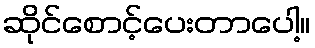
ဆိုင်စောင့်ပေးတာပေါ့။